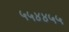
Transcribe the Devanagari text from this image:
५५४४५५